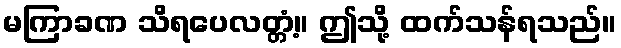
မကြာခဏ သိရပေလတ္တံ့။ ဤသို့ ထက်သန်ရသည်။